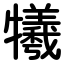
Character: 犧